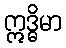
ဣဒ္ဓိမာ